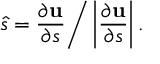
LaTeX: \hat { s } = \frac { \partial { \bf u } } { \partial s } \bigg / \left| \frac { \partial { \bf u } } { \partial s } \right| .